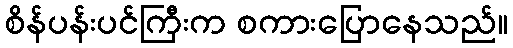
စိန်ပန်းပင်ကြီးက စကားပြောနေသည်။